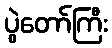
ပွဲတော်ကြီး